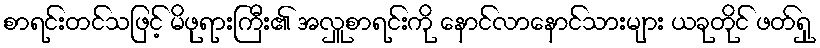
စာရင်းတင်သဖြင့် မိဖုရားကြီး၏ အလှူစာရင်းကို နောင်လာနောင်သားများ ယခုတိုင် ဖတ်ရှု